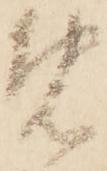
免